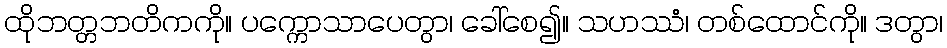
ထိုဘတ္တဘတိကကို။ ပက္ကောသာပေတွာ၊ ခေါ်စေ၍။ သဟဿံ၊ တစ်ထောင်ကို။ ဒတွာ၊